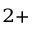
^ { 2 + }